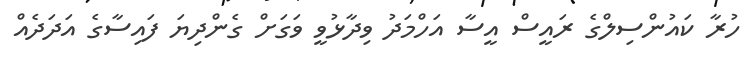
ހުރާ ކައުންސިލްގެ ރައީސް އީސާ އަހްމަދު ވިދާޅުވީ ވަގަށް ގެންދިޔަ ފައިސާގެ އަދަދެއް